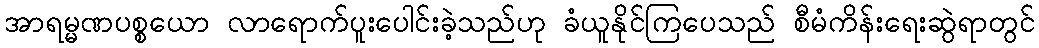
အာရမ္မဏပစ္စယော လာရောက်ပူးပေါင်းခဲ့သည်ဟု ခံယူနိုင်ကြပေသည် စီမံကိန်းရေးဆွဲရာတွင်